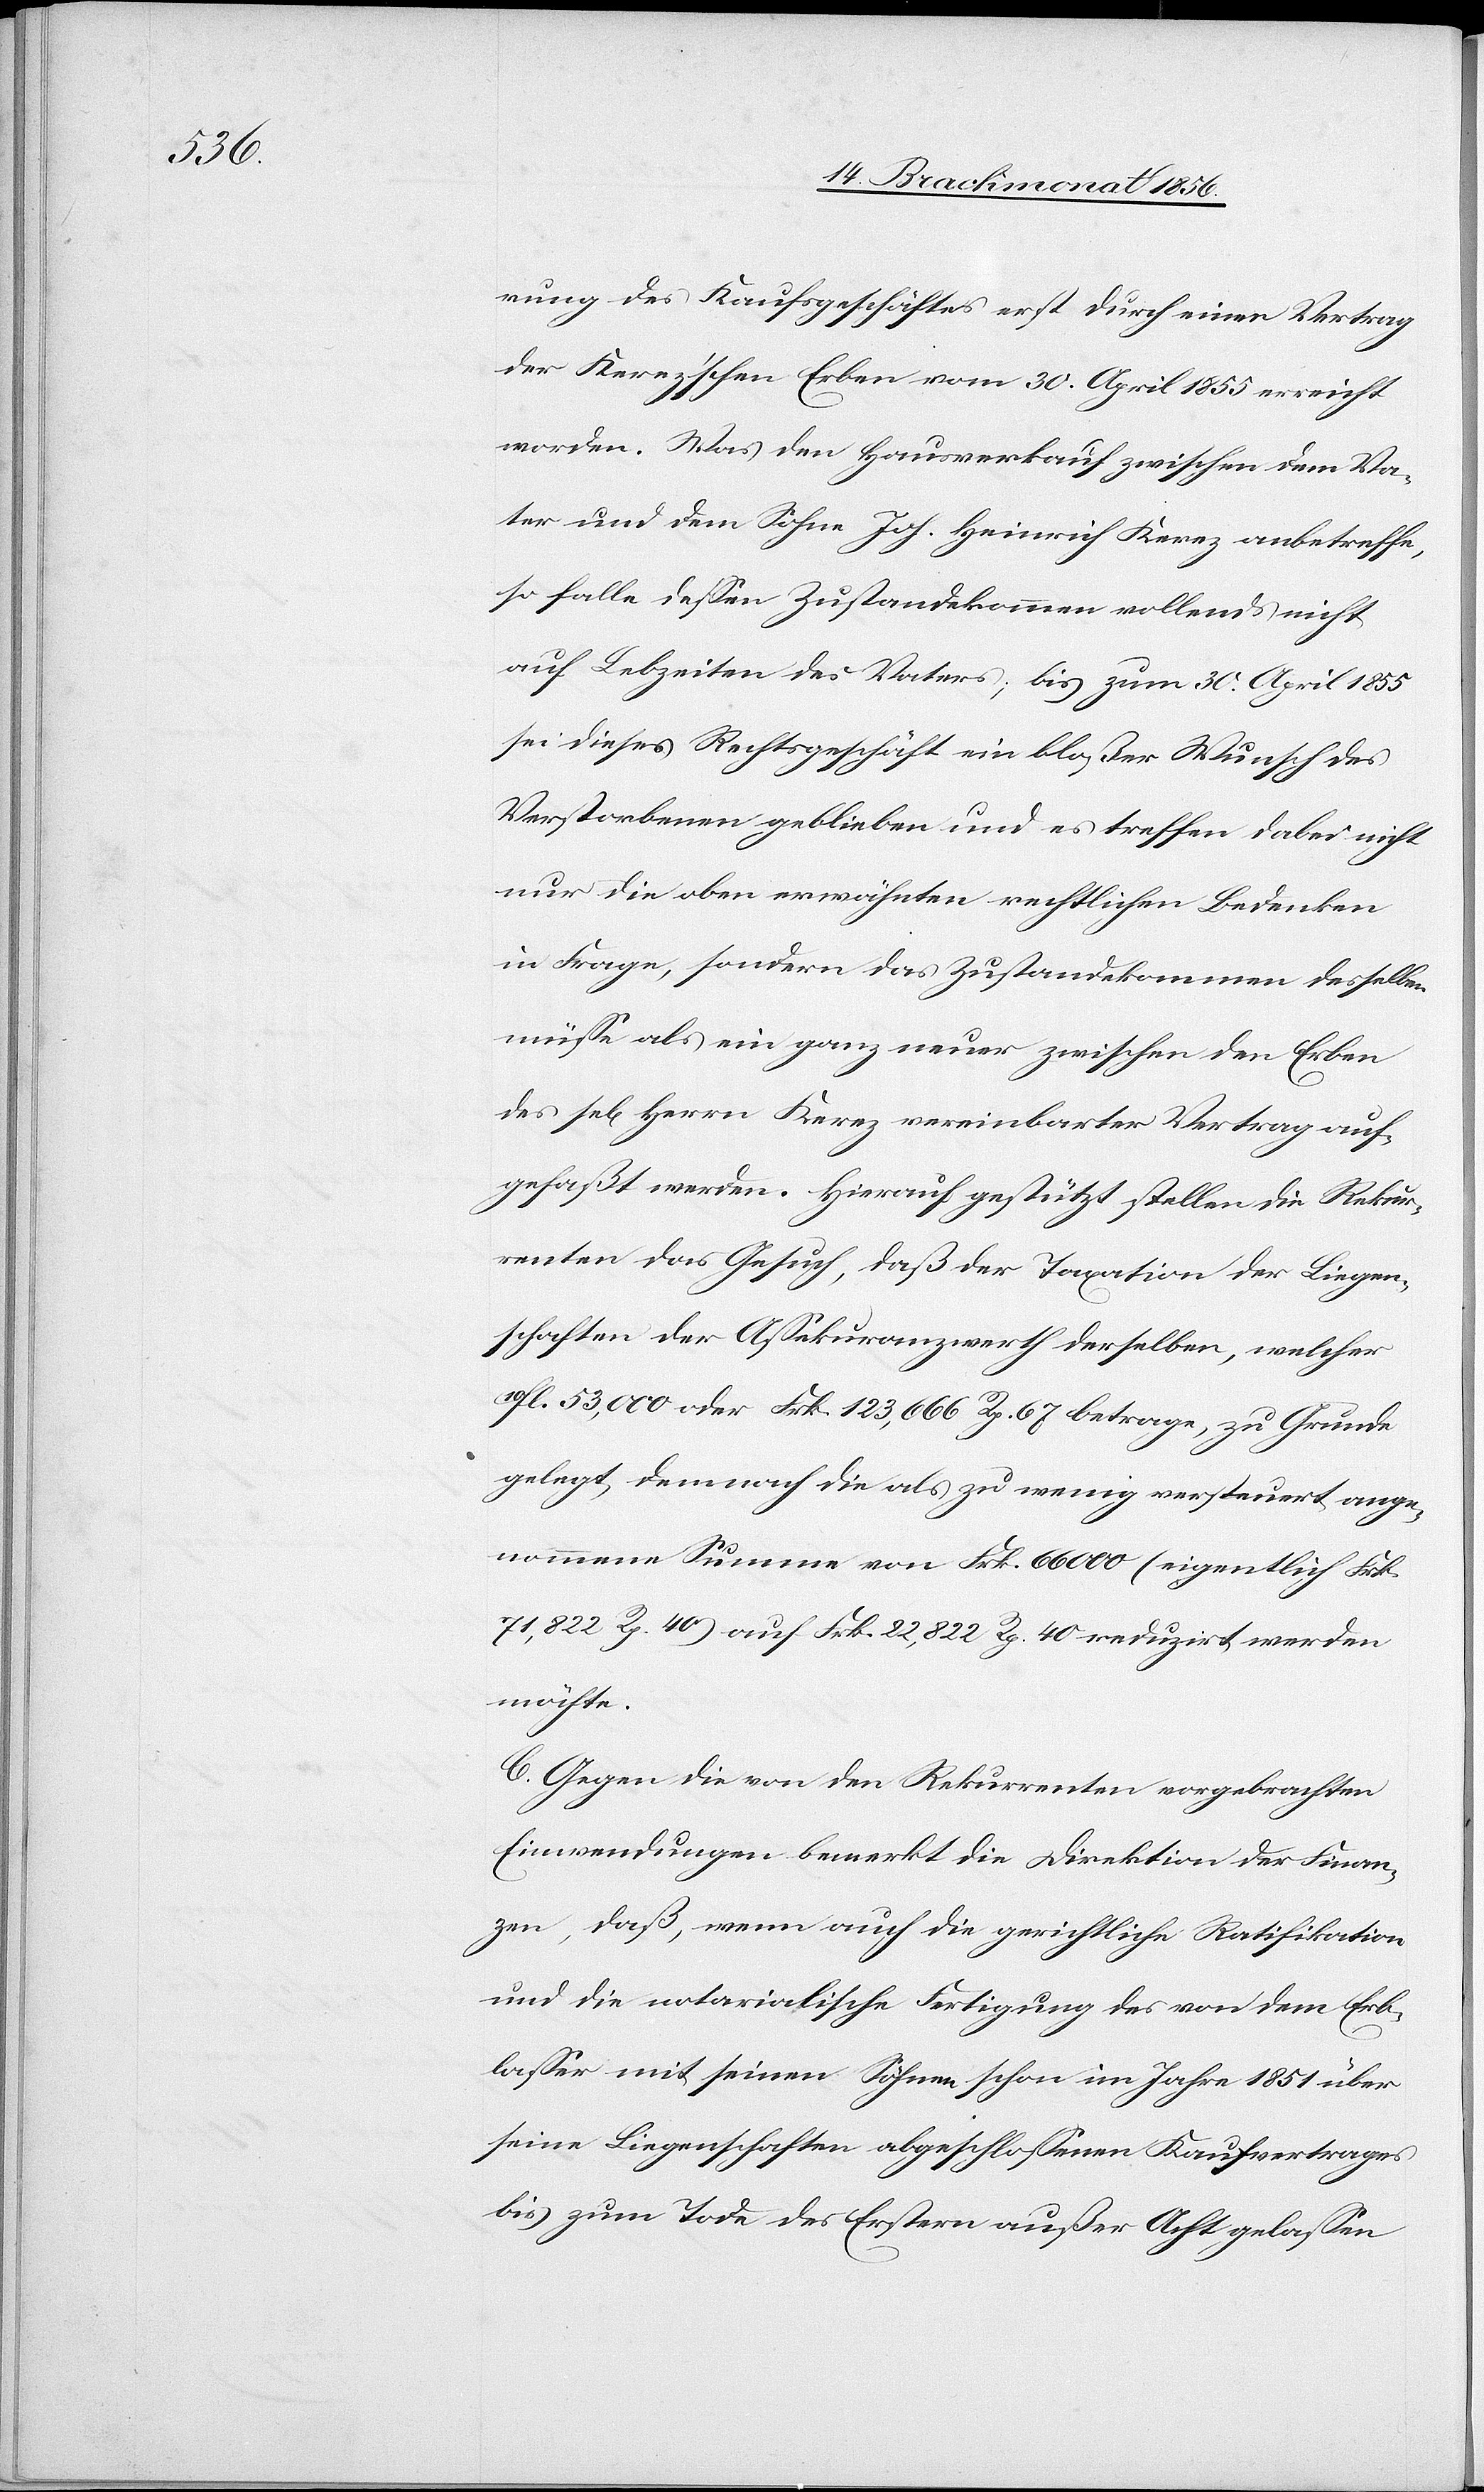
rung des Kaufsgeschäftes erst durch einen Vertrag
der Kerez'schen Erben vom 30. April 1855 erreicht
worden. Was den Hausverkauf zwischen dem Va¬
ter und dem Sohne Joh. Heinrich Kerez anbetreffe,
so falle dessen Zustandekommen vollends nicht
auf Lebzeiten des Vaters; bis zum 30. April 1855
sei dieses Rechtsgeschäft ein bloßer Wunsch des
Verstorbenen geblieben und es treffen dabei nicht
nur die oben erwähnten rechtlichen Bedenken
in Frage, sondern das Zustandekommen desselben
müsse als ein ganz neuer zwischen den Erben
des sel[igen] Herrn Kerez vereinbarter Vertrag auf¬
gefaßt werden. Hierauf gestützt stellen die Rekur¬
renten das Gesuch, daß der Taxation der Liegen¬
schaften der Assekuranzwerth derselben, welcher
10fl. 53,000 oder Frk. 123,666 Rp. 67 betrage, zu Grunde
gelegt, demnach die als zu wenig versteuert ange¬
nommene Summe von Frk. 66000 (eigentlich Frk.
71,822 Rp. 40) auf Frk. 22,822 Rp. 40 reduzirt werden
möchte.
C. Gegen die von den Rekurrenten vorgebrachten
Einwendungen bemerkt die Direktion der Finan¬
zen, daß, wenn auch die gerichtliche Ratifikation
und die notarialische Fertigung des von dem Erb¬
lasser mit seinen Söhnen schon im Jahre 1851 über
seine Liegenschaften abgeschlossenen Kaufvertrages
bis zum Tode des Erstern außer Acht gelassen